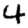
Digit: 4